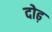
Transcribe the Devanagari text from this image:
दोढ़